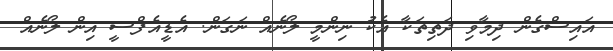
އައިސްގެން ދިމާވި ދަތިތަކާ އެކު ނިންމީ ލޯނެއް ނަގަން. އެޑީއެފްސީ އިން ލޯނެއް